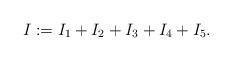
LaTeX: \begin{align*}I:=I_1+I_2+I_3+I_4+I_5.\end{align*}